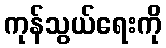
ကုန်သွယ်ရေးကို